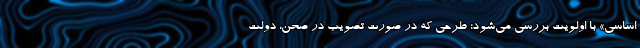
اساسی» با اولویت بررسی می‌شود؛ طرحی که در صورت تصویب در صحن، دولت